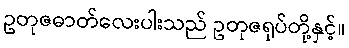
ဥတုဇဓာတ်လေးပါးသည် ဥတုဇရုပ်တို့နှင့်။